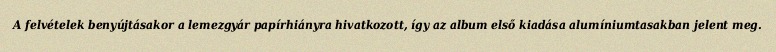
A felvételek benyújtásakor a lemezgyár papírhiányra hivatkozott, így az album első kiadása alumíniumtasakban jelent meg.